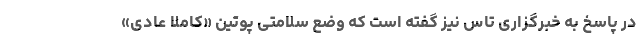
در پاسخ به خبرگزاری تاس نیز گفته است که وضع سلامتی پوتین «کاملاً عادی»